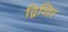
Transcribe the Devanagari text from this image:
द्विशिर